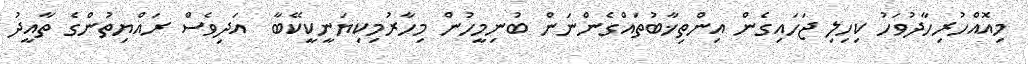
މިއޮއްހުރިހާދުވަހު ކިހިލި ޖަހައިގެން އިންތިޚާބުތައްގެންނަން ބުނިމީހުން މިހާރުމިކިޔަނީކީކޭބާ  އަަދިވެސް ރައްޔިތުންގެ ތާއީދު